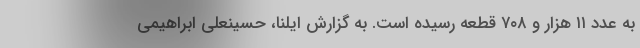
به عدد ۱۱ هزار و ۷۰۸ قطعه رسیده است. به گزارش ایلنا، حسینعلی ابراهیمی